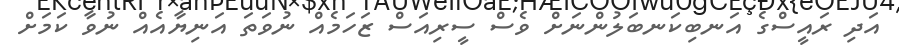
އަދި ރައީސްގެ އަނބިކަނބަލުންނަށް ވެސް ސީރިއަސް ޒަހަމެއް ނުވަތަ އަނިޔާއެއް ނުވާ ކަމަށް